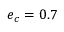
e _ { c } = 0 . 7